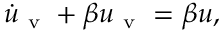
\dot { u } _ { \mathrm { ~ v ~ } } + \beta u _ { \mathrm { ~ v ~ } } = \beta u ,